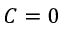
C = 0